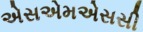
એસએમએસસી